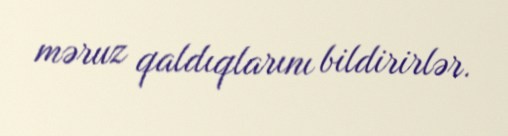
məruz qaldıqlarını bildirirlər.